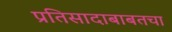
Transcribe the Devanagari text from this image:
प्रतिसादाबाबतचा